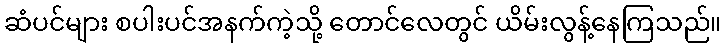
ဆံပင်များ စပါးပင်အနက်ကဲ့သို့ တောင်လေတွင် ယိမ်းလွန့်နေကြသည်။